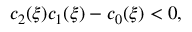
c _ { 2 } ( \xi ) c _ { 1 } ( \xi ) - c _ { 0 } ( \xi ) < 0 ,